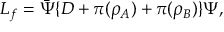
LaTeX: { \cal L } _ { f } = { \bar { \Psi } } \{ D + \pi ( \rho _ { \cal A } ) + \pi ( \rho _ { \cal B } ) \} \Psi ,